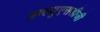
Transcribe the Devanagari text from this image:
डब्ल्यूएसडीजी